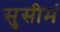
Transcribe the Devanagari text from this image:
सुसीमं